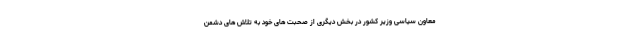
معاون سیاسی وزیر کشور در بخش دیگری از صحبت های خود به تلاش های دشمن